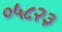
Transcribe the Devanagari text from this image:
०५८२३